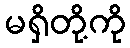
မရှိတို့ကို